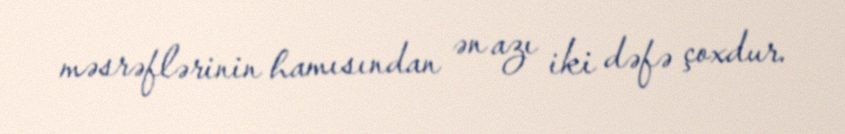
məsrəflərinin hamısından ən azı iki dəfə çoxdur.